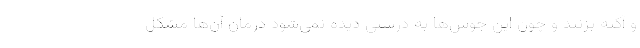
و آکنه بزنند و چون این جوش­ها به درستی دیده نمی­شود درمان آن­ها مشکل